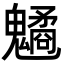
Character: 䰬